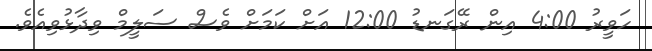
ހަވީރު 4:00 އިން ރޭގަނޑު 12:00 އަށް ކަމަށް ވެސް ސަލީމް ވިދާޅުވިއެވެ.